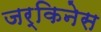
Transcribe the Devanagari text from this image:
जर्किनेस